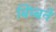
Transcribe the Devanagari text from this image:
बिंम्बने